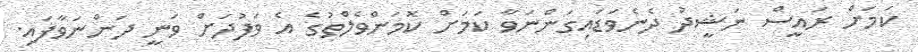
ކަމަށް ރައީސް ނަޝީދު ދެނެވަޑައިގަންނަވާ ކަމަށް ކޮމަންވެލްތުގެ އެ ވަފުދަށް ވަނީ ދަންނަވާފައި.